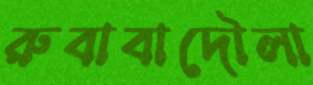
রুবাবাদৌলা